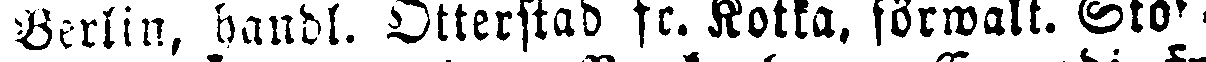
Berlin, handl. Otterstad fe. Kotka. förwält. Stok